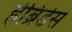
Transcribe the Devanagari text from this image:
हेब्रिडेस